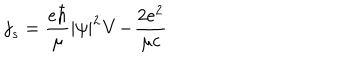
{ \bf j } _ { s } = \frac { e \hbar } \mu | \psi | ^ { 2 } { \bf V - } \frac { 2 e ^ { 2 } } { \mu c }